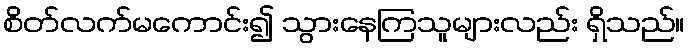
စိတ်လက်မကောင်း၍ သွားနေကြသူများလည်း ရှိသည်။